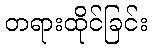
တရားထိုင်ခြင်း